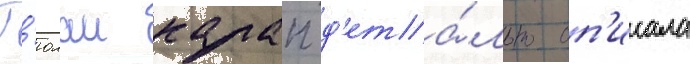
Г'юлаи калап д'ета́льно оп'исала